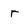
Character: r